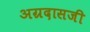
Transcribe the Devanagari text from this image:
अग्रदासजी